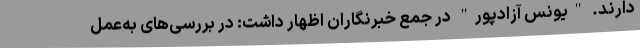
دارند. "یونس آزادپور" در جمع خبرنگاران اظهار داشت: در بررسی‌های به‌عمل